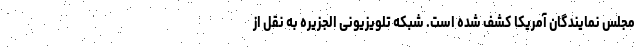
مجلس نمایندگان آمریکا کشف شده است. شبکه تلویزیونی الجزیره به نقل از